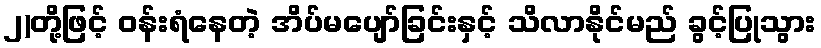
၂)တို့ဖြင့် ဝန်းရံနေတဲ့ အိပ်မပျော်ခြင်းနှင့် သိလာနိုင်မည် ခွင့်ပြုသွား